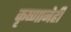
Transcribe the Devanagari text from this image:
कृष्णानेही